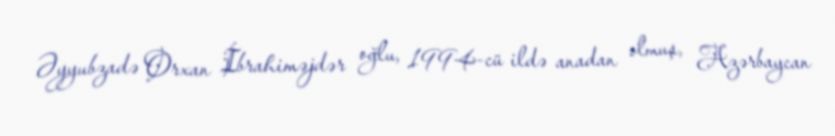
Əyyubzadə Orxan İbrahiməjdər oğlu, 1994-cü ildə anadan olmuş, Azərbaycan